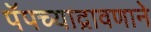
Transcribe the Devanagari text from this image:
पॅपच्याद्रावणाने